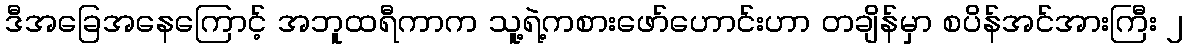
ဒီအခြေအနေကြောင့် အဘူထရီကာက သူ့ရဲ့ကစားဖော်ဟောင်းဟာ တချိန်မှာ စပိန်အင်အားကြီး ၂